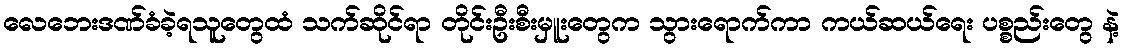
လေဘေးဒဏ်ခံခဲ့ရသူတွေထံ သက်ဆိုင်ရာ တိုင်းဦးစီးမှူးတွေက သွားရောက်ကာ ကယ်ဆယ်ရေး ပစ္စည်းတွေ နဲ့